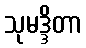
သုမဒ္ဒိတာ